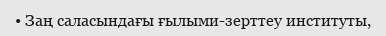
• Заң саласындағы ғылыми-зерттеу институты,